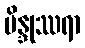
ဗိန္ဒုဿရာ